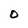
Character: O